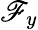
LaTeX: \mathscr{F}_{y}